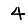
Digit: 4